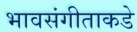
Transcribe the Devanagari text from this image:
भावसंगीताकडे